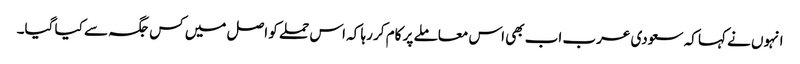
انہوں نے کہا کہ سعودی عرب اب بھی اس معاملے پر کام کر رہا کہ اس حملے کو اصل میں کس جگہ سے کیا گیا۔